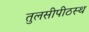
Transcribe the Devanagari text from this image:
तुलसीपीठस्थ